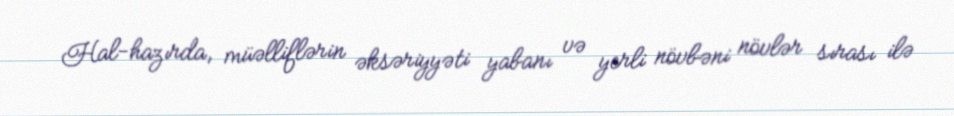
Hal-hazırda, müəlliflərin əksəriyyəti yabanı və yerli növbəni növlər sırası ilə